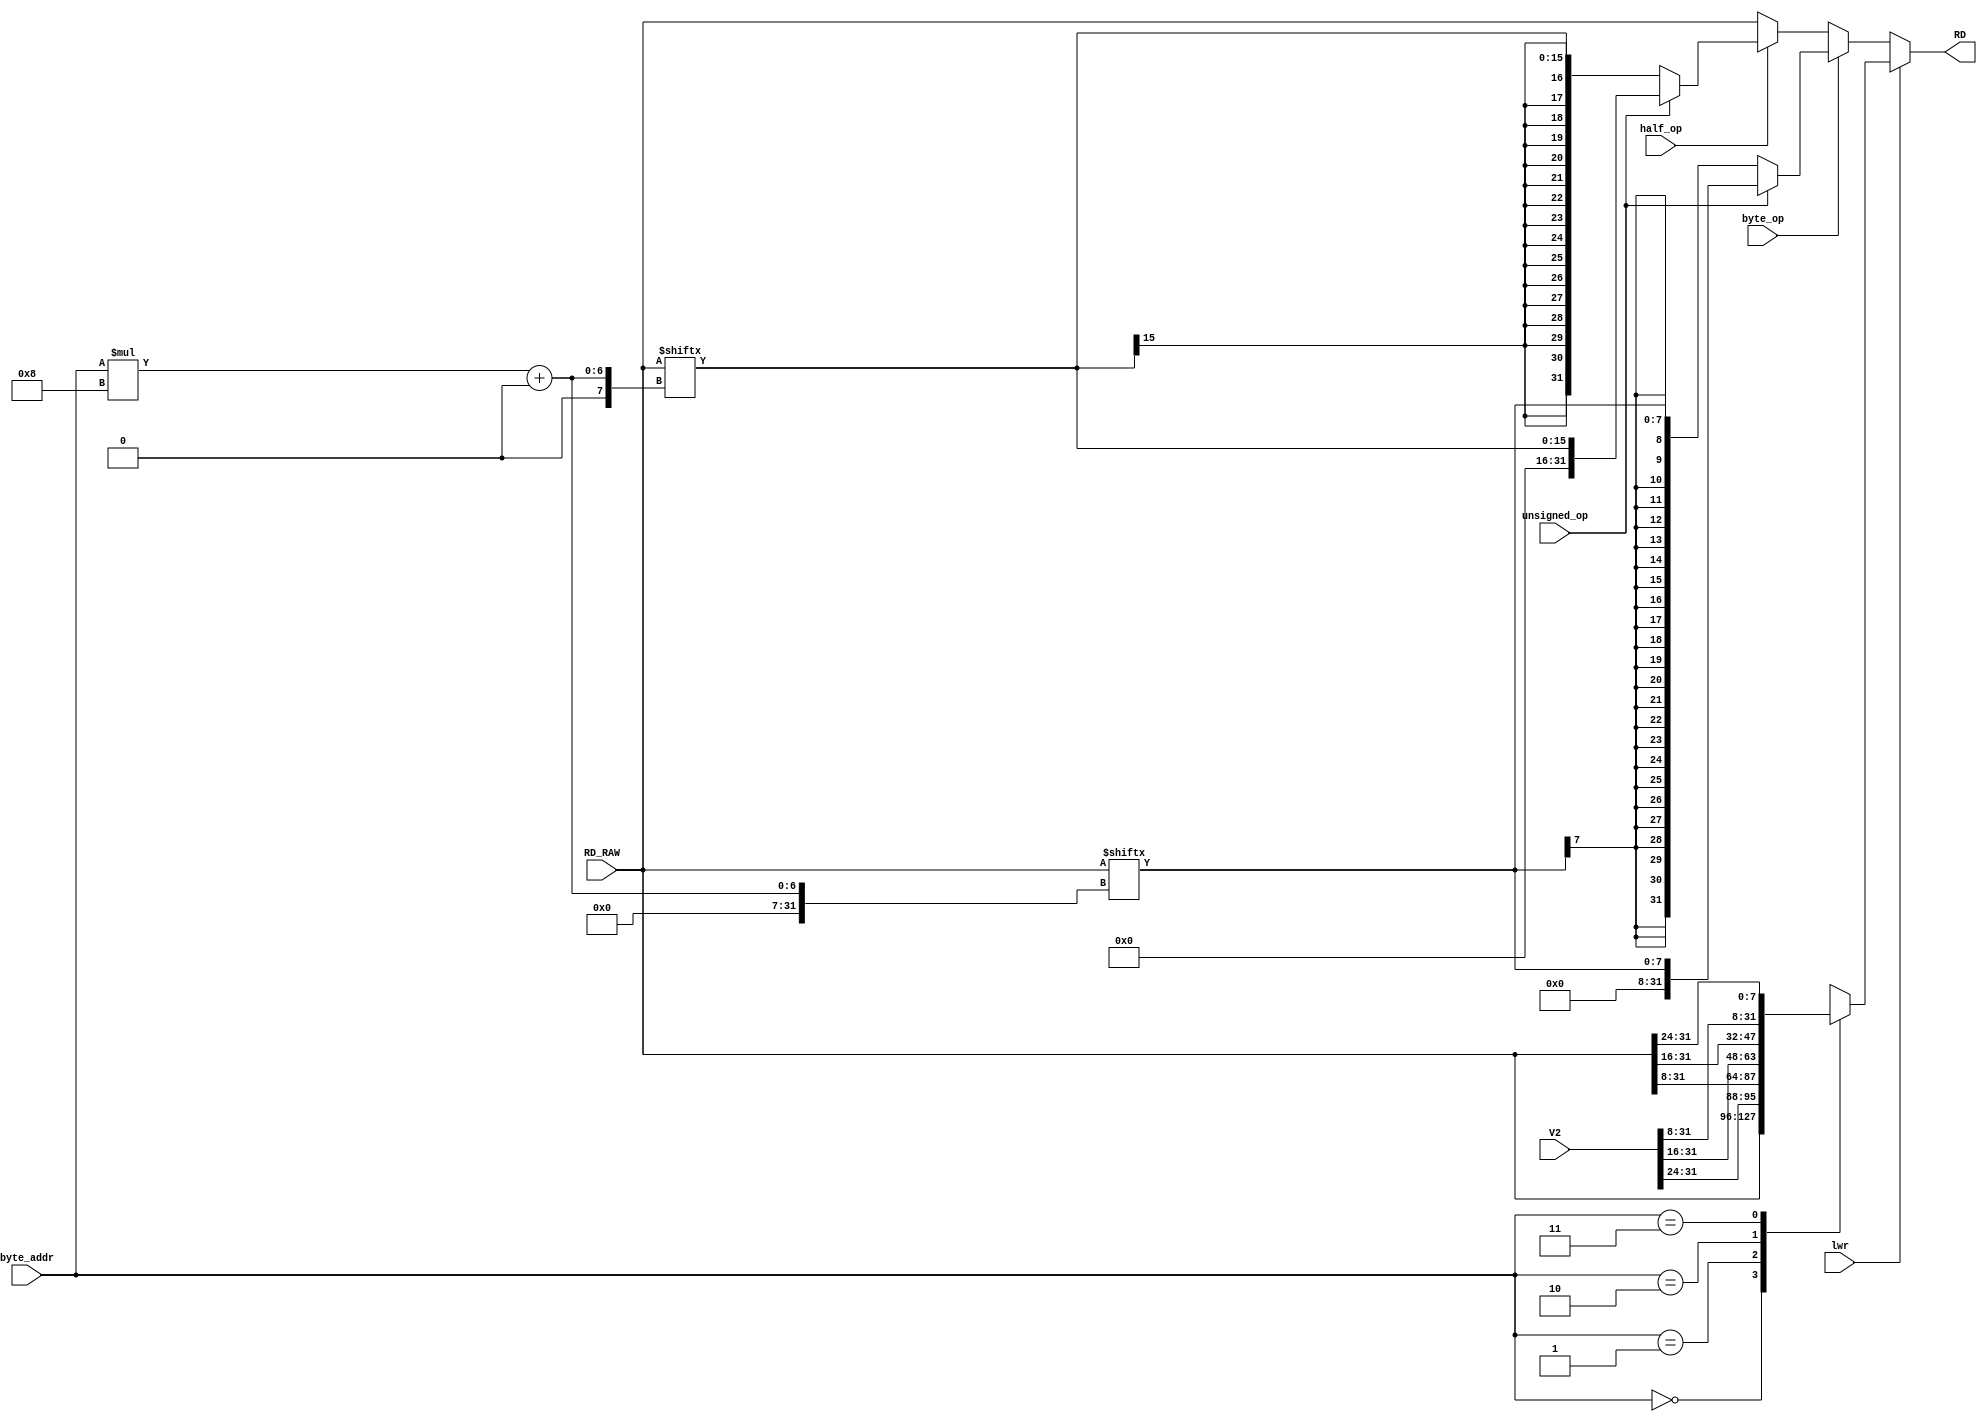
// This program was cloned from: https://github.com/SilenceX12138/MIPS-Microsystems
// License: MIT License

module RDP(byte_op,half_op,unsigned_op,lwr,byte_addr,RD_RAW,V2,RD); //RD's processor
//input
    input byte_op;
    input half_op;
    input unsigned_op;
	
	input lwr;

    input [1:0] byte_addr;
    
    input [31:0] RD_RAW;
	input [31:0] V2;
//output
    output reg [31:0] RD;

//load
	always @(*)
		begin
			if(lwr)
				begin
					case(byte_addr)
						0:RD=RD_RAW;
						1:RD={V2[31:24],RD_RAW[31:8]};
						2:RD={V2[31:16],RD_RAW[31:16]};
						3:RD={V2[31:8],RD_RAW[31:24]};
					endcase
				end
			else if(byte_op)
				begin
					if(unsigned_op)RD=RD_RAW[(byte_addr*8)+:8];
					else RD=$signed(RD_RAW[(byte_addr*8)+:8]);
				end
			else if(half_op)
				begin
					if(unsigned_op)RD=RD_RAW[(byte_addr*8)+:16];
					else RD=$signed(RD_RAW[(byte_addr*8)+:16]);
				end
			else RD=RD_RAW;
		end
    
endmodule